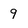
Character: 9